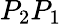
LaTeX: P_{2}P_{1}